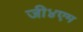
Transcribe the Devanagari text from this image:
जी४एम